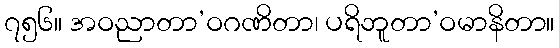
၇၅၆။ အဝညာတာ’ဝဂဏိတာ၊ ပရိဘူတာ’ဝမာနိတာ။